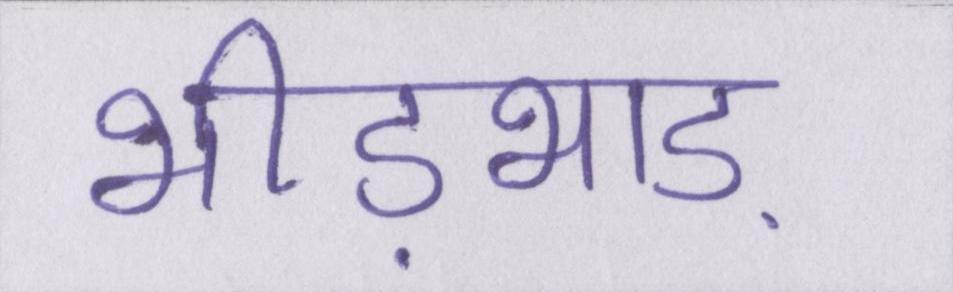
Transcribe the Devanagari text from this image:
भीड़भाड़